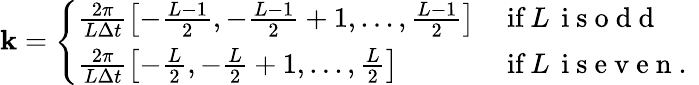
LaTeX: \begin{array}{r}{\textbf{k}=\left\{ \begin{array}{ll}{\frac{2\pi}{L\Delta t}\left[-\frac{L-1}{2},-\frac{L-1}{2}+1,...,\frac{L-1}{2}\right]\, }&{\mathrm{if}\, L\, \mathrm{~i~s~o~d~d~}}\\ {\frac{2\pi}{L\Delta t}\left[-\frac{L}{2},-\frac{L}{2}+1,...,\frac{L}{2}\right]\, }&{\mathrm{if}\, L\, \mathrm{~i~s~e~v~e~n~.~}}\end{array}\right.}\end{array}